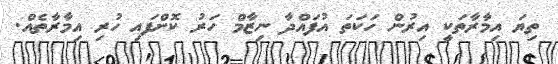
ތިޔަ އިމާރާތަކީ އިރުން ހަކަތަ އުފައްދާ ނިޒާމް ހަރު ކޮށްފައި ހުރި އިމާރާތެއް.